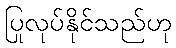
ပြုလုပ်နိုင်သည်ဟု